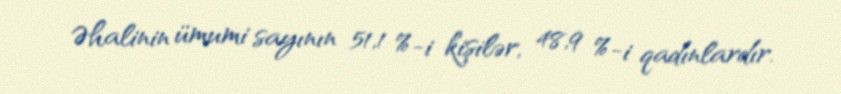
Əhalinin ümumi sayının 51,1 %-i kişilər, 48,9 %-i qadınlardır.